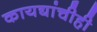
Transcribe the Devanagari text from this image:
कायद्यांचीही